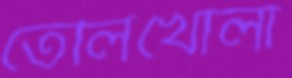
তেলিখোলা